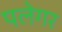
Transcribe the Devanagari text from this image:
पलेगर